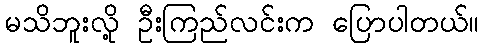
မသိဘူးလို့ ဦးကြည်လင်းက ပြောပါတယ်။